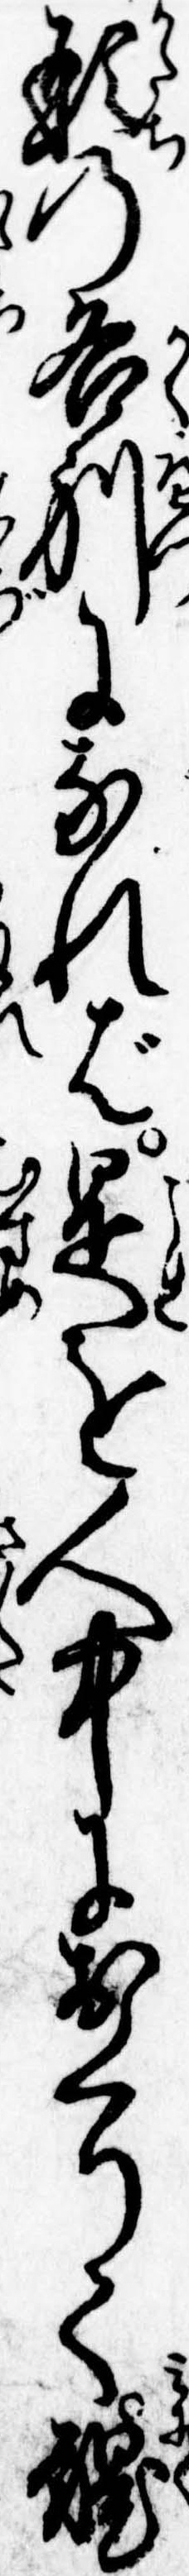
形の各別になれば是を人中におくりて醜